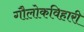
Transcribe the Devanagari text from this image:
गौलोकविहारी